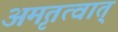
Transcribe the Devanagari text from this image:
अमृतत्वात्